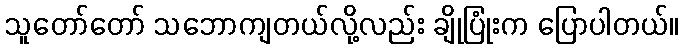
သူတော်တော် သဘောကျတယ်လို့လည်း ချိုပြုံးက ပြောပါတယ်။